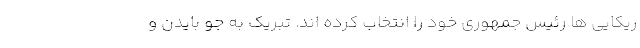
ریکایی ها رئیس جمهوری خود را انتخاب کرده اند. تبریک به جو بایدن و